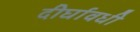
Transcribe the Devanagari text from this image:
दीर्घावधी